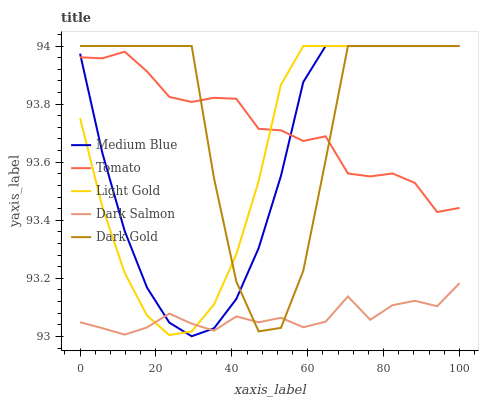
| xaxis_label | Medium Blue | Tomato | Light Gold | Dark Salmon | Dark Gold |
 | --- | --- | --- | --- | --- | --- |
 | 0 | 94 | 94 | 93.8 | 93 | 94 |
 | 5.88 | 93.6 | 94 | 93.4 | 93 | 94 |
 | 11.8 | 93.4 | 94 | 93.2 | 93 | 94 |
 | 17.6 | 93.2 | 93.9 | 93.1 | 93 | 94 |
 | 23.5 | 93 | 93.8 | 93 | 93.1 | 94 |
 | 29.4 | 93 | 93.8 | 93 | 93 | 94 |
 | 35.3 | 93 | 93.8 | 93.1 | 93 | 93.5 |
 | 41.2 | 93.1 | 93.8 | 93.3 | 93.1 | 93.2 |
 | 47.1 | 93.3 | 93.7 | 93.5 | 93 | 93 |
 | 52.9 | 93.6 | 93.7 | 93.9 | 93.1 | 93 |
 | 58.8 | 93.9 | 93.7 | 94 | 93 | 93.2 |
 | 64.7 | 94 | 93.7 | 94 | 93.1 | 93.6 |
 | 70.6 | 94 | 93.6 | 94 | 93.1 | 94 |
 | 76.5 | 94 | 93.6 | 94 | 93.1 | 94 |
 | 82.4 | 94 | 93.6 | 94 | 93.1 | 94 |
 | 88.2 | 94 | 93.5 | 94 | 93.1 | 94 |
 | 94.1 | 94 | 93.4 | 94 | 93.1 | 94 |
 | 100 | 94 | 93.4 | 94 | 93.2 | 94 |